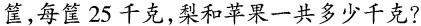
筐，每筐25千克，梨和苹果一共多少千克?